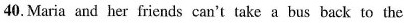
40.Maria and her friends can't take a bus back to the